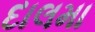
દાલમા